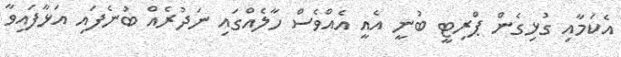
އެކަމާއި ގުޅިގެން ޕްރިޓީ ބުނީ އެއީ އެއްވެސް ހާލެއްގައި ނަދުރެއް ބުނެފައި އަޅާފައިވާ